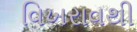
વિખરાવથી